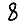
Digit: 8